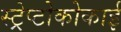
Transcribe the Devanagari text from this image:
स्ट्रेप्टोकोकाई